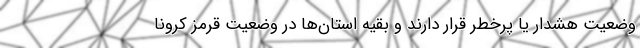
وضعیت هشدار یا پرخطر قرار دارند و بقیه استان‌ها در وضعیت قرمز کرونا